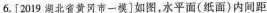
6.[2019湖北省黄冈市一模]如图，水平面(纸面)内距